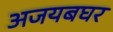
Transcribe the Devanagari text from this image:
अजयबघर